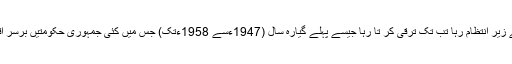
حیرت کی بات یہ ہے کہ70 سالوں میں جب جب ملک صدر کے زیر انتظام رہا تب تک ترقی کر تا رہا جیسے پہلے گیارہ سال (1947ءسے 1958ءتک) جس میں کئی جمہوری حکومتیں برسر اقتدار آئیں پاکستان کی جی ڈی پی کی اوسط شرح 3.1 فیصد رہی۔